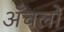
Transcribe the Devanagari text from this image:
अँचलों